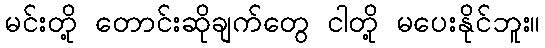
မင်းတို့ တောင်းဆိုချက်တွေ ငါတို့ မပေးနိုင်ဘူး။